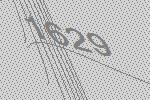
1629